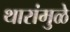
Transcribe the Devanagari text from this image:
थारांमुळे